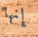
إنها